Seli_vallavalitsus_Parnumaal, lk 5
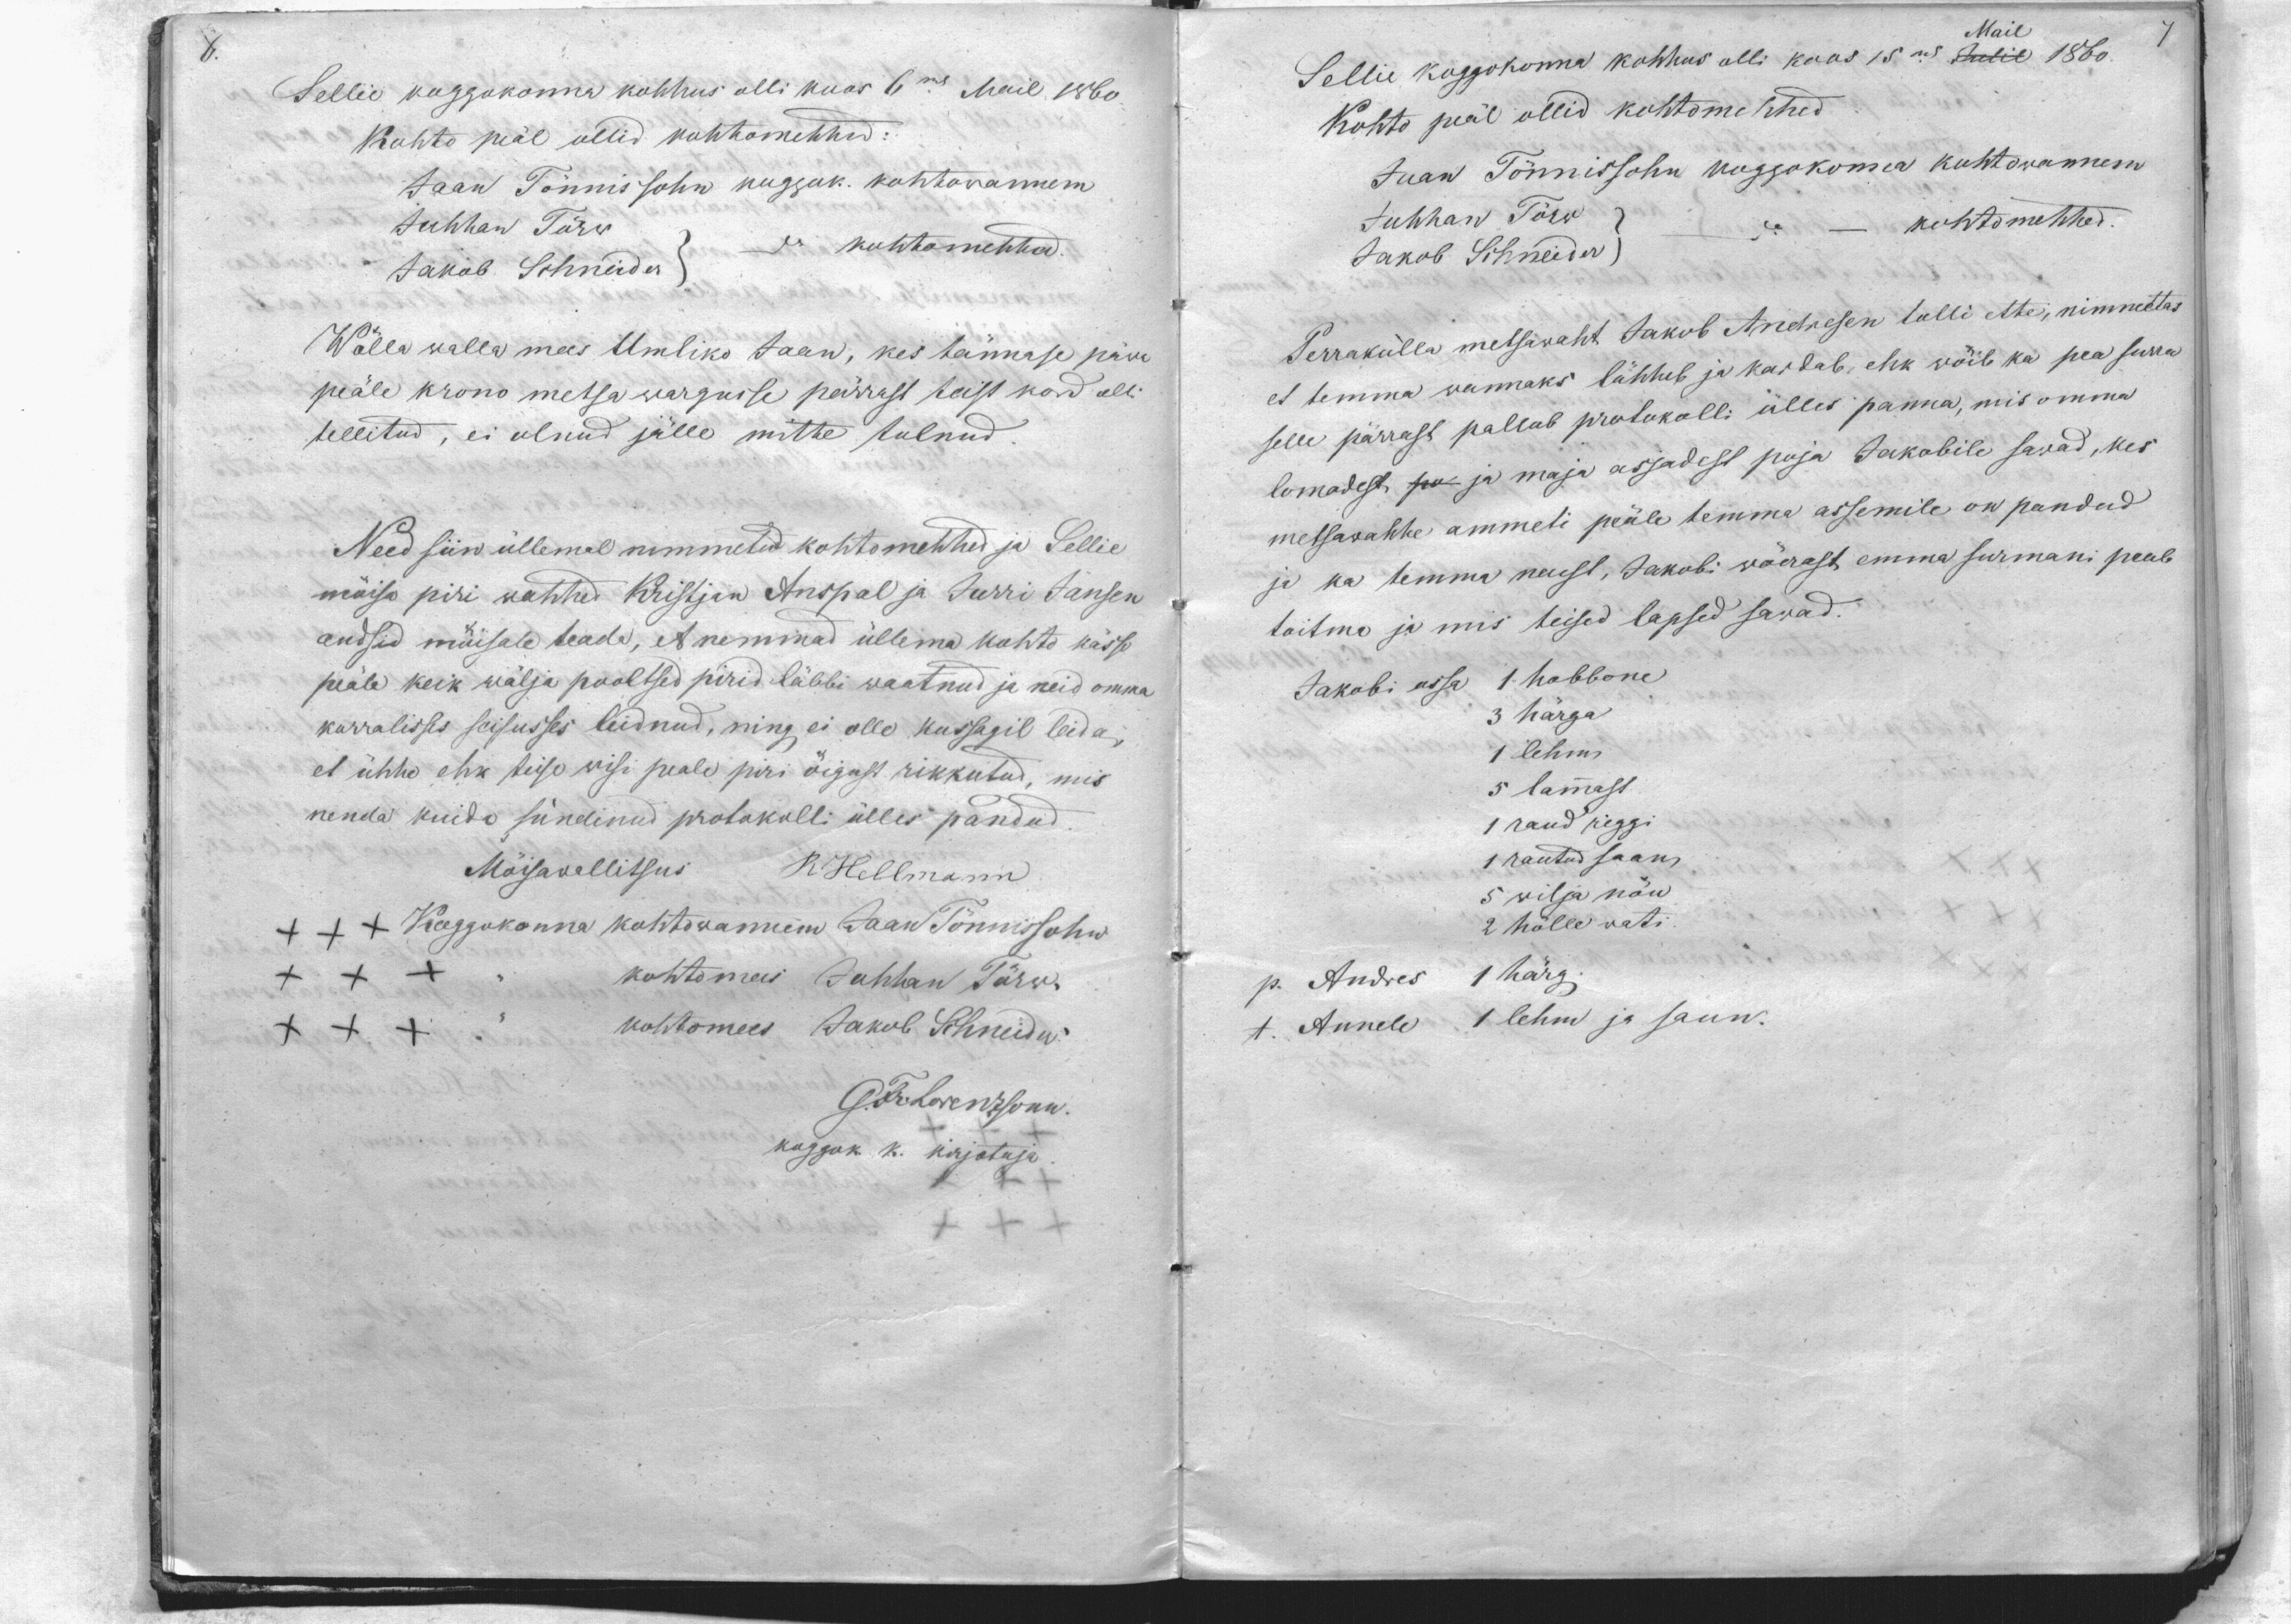
6.

Sellie koggokonna kohhus olli kuos 6mal Mail 1860
Kohto peäl ollid kohtomehhed:
Jaan Tönnissohn koggok. kohtowannem
Juhhan Törw
Jakob Schneider
do kohtomehhed
Wölla walla mees Umbiko Jaan, kes tännase päwa
peäle krono metsa wargusse pärrast teist kord olli
tellitud, ei olnud jälle mitte tulnud
Need siin üllemal nimmetud kohtomehhed ja Sellie
möisa piri wahhid Kristjan Anspal ja Jürri Jansen
andsid möisale teada, et nemmad üllema kohto kässo
peäle keik wälja pooltsed pirid läbbi waatnud ja neid omma
korralisses seisusses leidnud, ning ei olle kussagil leida,
et ühhe ehk teise wisi peale piri öigust rikkutud, mis
nenda kuida sündinud protokolli ülles pandu.
Mõisawallitsus
R Hellmann
+++ Koggokonna kohtowannem Jaan Tönnissohn
XXX
kohtomees Juhhan Törw.
XXX
kohtomees Jakob Schneider.
G. Fr. Lorenzsonn
koggok. k. kirjotaja

Mail
Sellie koggokonna kohhus olli koos 15mal Julil 1860.
Kohto peäl ollid kohtomehhed
Jaan Tönnissohn koggokonna kohtowannem
Juhhan Törw
kohtomehhed
Jakob Schneider
Perrakülla metsawaht Jakob Andresen tulli ette, nimmetas
et temma wannaks lähheb ja kardab, ehk wöib ka pea surra
selle pärrast pallub protokolli ülles panna, mis omma
lomadest po ja maja asjadest poja Jakobile sawad, kes
metsawahhe ammeti peäle temma assemile on pandud
ja ka temma naest, Jakobi wöerast emma surmani peab
toitma ja mis teised lapsed sawad.
Jakobi ossa 1. hobbone
3 härga
1 lehm
5 lammast
1 raud reggi
1 rautud saan
5 wilja nöu
2 hölle wati.
p. Andres 1 härg
t. Annele 1 lehm ja saun.